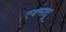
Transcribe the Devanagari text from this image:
एक्मात्र्